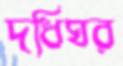
দধিঘর